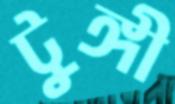
টুঙ্গী